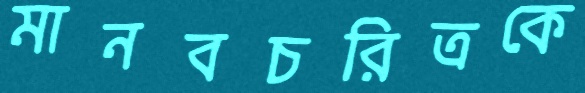
মানবচরিত্রকে